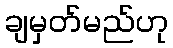
ချမှတ်မည်ဟု